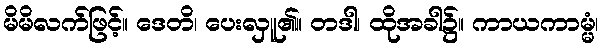
မိမိလက်ဖြင့်။ ဒေတိ၊ ပေးလှူ၏။ တဒါ၊ ထိုအခါ၌။ ကာယကာမ္မံ၊